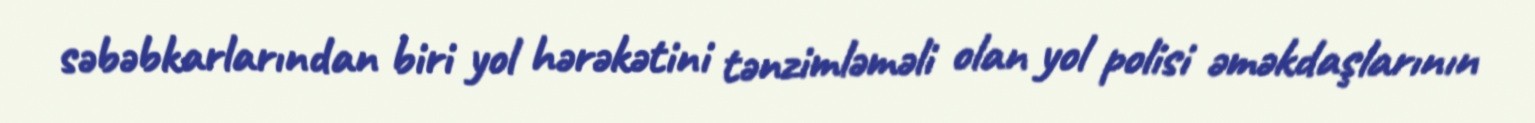
səbəbkarlarından biri yol hərəkətini tənzimləməli olan yol polisi əməkdaşlarının